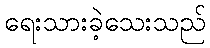
ရေးသားခဲ့သေးသည်